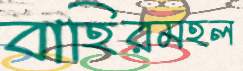
বাহিরমহল